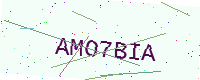
Text: AMO7BIA